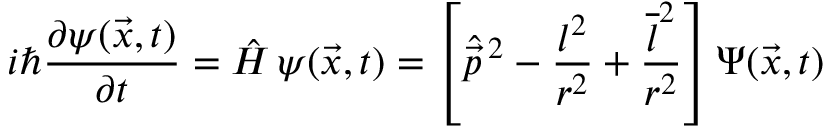
i \hbar { \frac { \partial \psi ( \vec { x } , t ) } { \partial t } } = \hat { H } \, \psi ( \vec { x } , t ) = \left[ \hat { \vec { p } } \, \sp 2 - { \frac { l ^ { 2 } } { r ^ { 2 } } } + { \frac { \overline { { { l } } } \sp 2 } { r ^ { 2 } } } \right] \Psi ( \vec { x } , t )